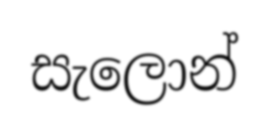
සැලොන්